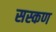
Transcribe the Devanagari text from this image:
सस्कण